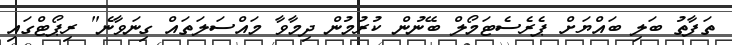
ތަފާތު ބަލި ބައްޔަށް ޕެރެސެޓަމޯލް ބޭނުން ކުރުމުން ދިމާވާ މައްސަލަތައް ގިނަވާނެ" ރިޕޯޓްގައި